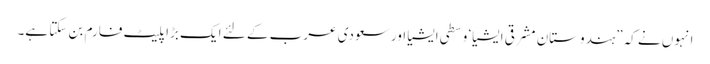
انہوں نے کہ”ہندوستان مشرقی ایشیا‘ وسطی ایشیا اور سعودی عرب کے لئے ایک بڑا پلیٹ فارم بن سکتا ہے۔